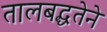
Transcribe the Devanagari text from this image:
तालबद्धतेने